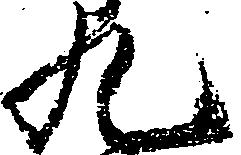
九